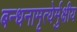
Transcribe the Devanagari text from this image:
बन्धनामृत्येर्मुक्षीय